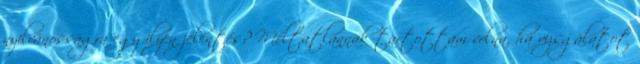
nyilvánosságra egy ilyen jelentés? Méltatlannak tartottam volna, ha vizsgálatot